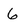
Character: 6